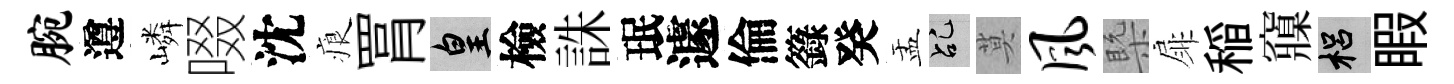
腕遵嶙啜沈痕罥皇檢誅珉遽倫籙癸盂乩莫风槩扉稲䆿梠睱